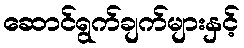
ဆောင်ရွက်ချက်များနှင့်